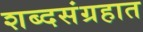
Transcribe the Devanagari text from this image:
शब्दसंग्रहात